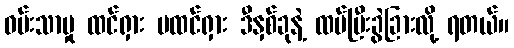
ဝမ်းသာမှု ထင်ရှား မထင်ရှား ဒီနှစ်ခုနဲ့ ထပ်ပြီးခွဲခြားလို့ ရတယ်။